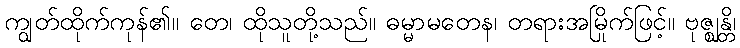
ကျွတ်ထိုက်ကုန်၏။ တေ၊ ထိုသူတို့သည်။ ဓမ္မာမတေန၊ တရားအမြိုက်ဖြင့်။ ဗုဇ္ဈန္တိ၊